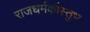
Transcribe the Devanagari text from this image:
राजधर्मकौस्तुभः